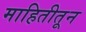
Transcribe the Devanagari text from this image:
माहितीतून